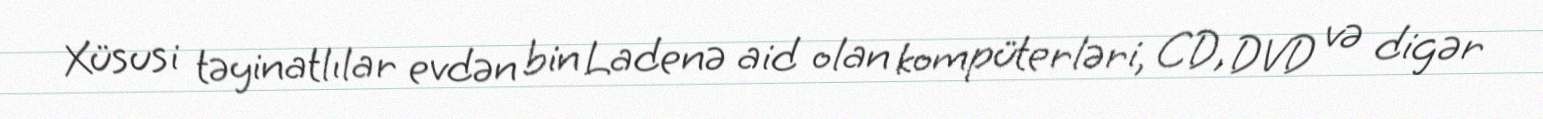
Xüsusi təyinatlılar evdən bin Ladenə aid olan kompüterləri, CD, DVD və digər